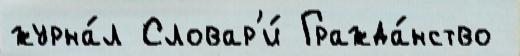
журна́л Словар'и́ Гражда́нство